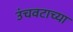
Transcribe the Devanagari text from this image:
उंचवटाच्या